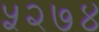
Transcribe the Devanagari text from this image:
५२७४